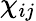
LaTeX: \chi_{ij}